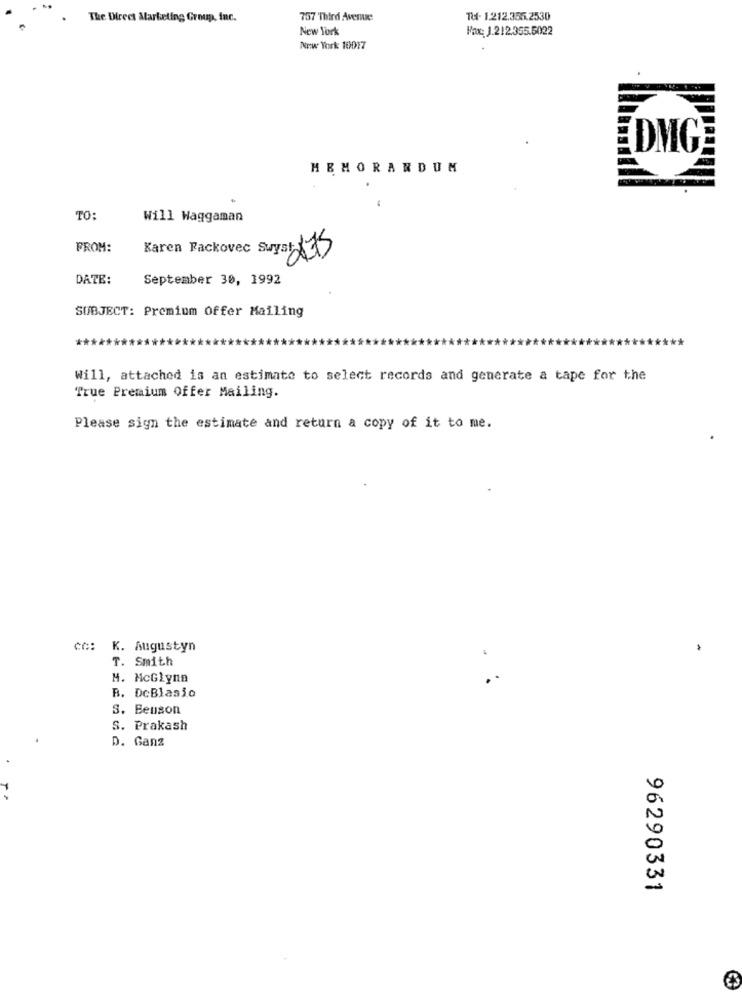
The Direct Marketing Group, Inc.
757 'Third Avenue
Tu- 1.212.355.2530
New York
Max: J.212.355.5022
New York 10017
DMG
MEMORANDUM
.
TO:
Will Haggaman
FROM:
Karen Fackovec Swyar 175
DATE:
September 30, 1992
SUBJECT: Premium Offer Mailing
Will, attached is an estimate to select records and generate a tape for the
True Premium Offer Mailing.
Please sign the estimate and return a copy of it to me.
ČO: K. Augustyn
T. Smith
M. McGlynn
B. DeBlasio
S. Beuson
S. Prakash
D. Ganz
96290331